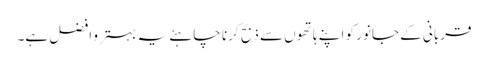
قربانی کے جانور کو اپنے ہاتھوں سے ذبح کرنا چاہئے یہ بہتر و افضل ہے۔